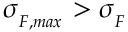
\sigma _ { { } _ { F , m a x } } > \sigma _ { { } _ { F } }